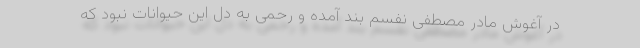
در آغوش مادر مصطفی نفسم بند آمده و رحمی به دل این حیوانات نبود که